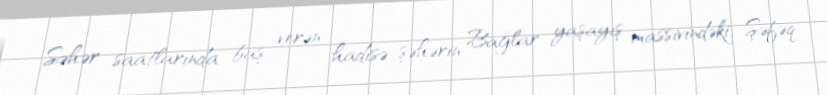
Səhər saatlarında baş verən hadisə şəhərin Bağlar yaşayış massivindəki, Şəfəq